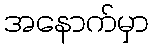
အနောက်မှာ